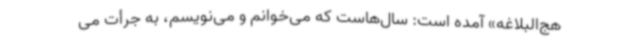
هج‌البلاغه» آمده است: سال‌هاست که می‌خوانم و می‌نویسم، به جرأت می